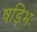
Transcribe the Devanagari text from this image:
षड्भिः